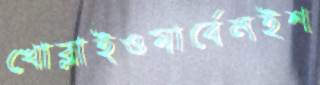
খোব্‌লাইওমার্বেলইশ